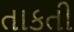
તાકતી